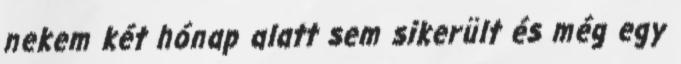
nekem két hónap alatt sem sikerült és még egy